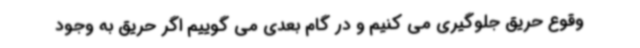
وقوع حریق جلوگیری می کنیم و در گام بعدی می گوییم اگر حریق به وجود